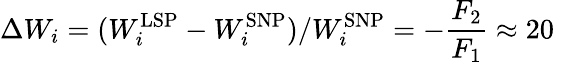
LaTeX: \Delta W_{i}=(W_{i}^{\mathrm{LSP}}-W_{i}^{\mathrm{SNP}})/W_{i}^{\mathrm{SNP}}=-\frac{F_{2}}{F_{1}}\approx 20\